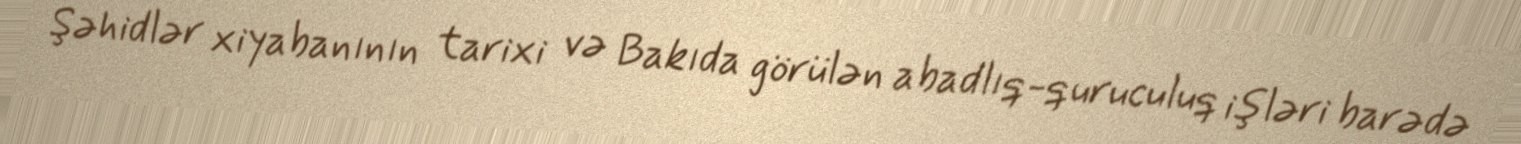
Şəhidlər xiyabanının tarixi və Bakıda görülən abadlıq-quruculuq işləri barədə